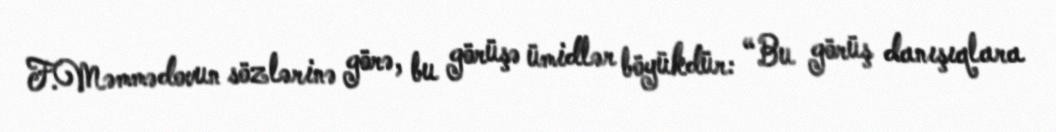
F.Məmmədovun sözlərinə görə, bu görüşə ümidlər böyükdür: “Bu görüş danışıqlara